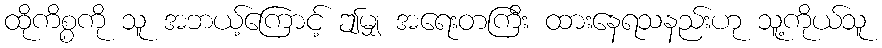
ထိုကိစ္စကို သူ အဘယ့်ကြောင့် ဤမျှ အရေးတကြီး ထားနေရသနည်းဟု သူ့ကိုယ်သူ